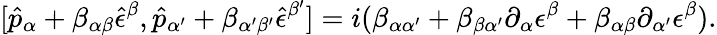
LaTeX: [\hat{p}_{\alpha}+\beta_{\alpha\beta}\hat{\epsilon}^{\beta},\hat{p}_{\alpha^{\prime}}+\beta_{\alpha^{\prime}\beta^{\prime}}\hat{\epsilon}^{\beta^{\prime}}]=i(\beta_{\alpha\alpha^{\prime}}+\beta_{\beta\alpha^{\prime}}\partial_{\alpha}\epsilon^{\beta}+\beta_{\alpha\beta}\partial_{\alpha^{\prime}}\epsilon^{\beta}).